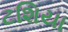
ટશિયા